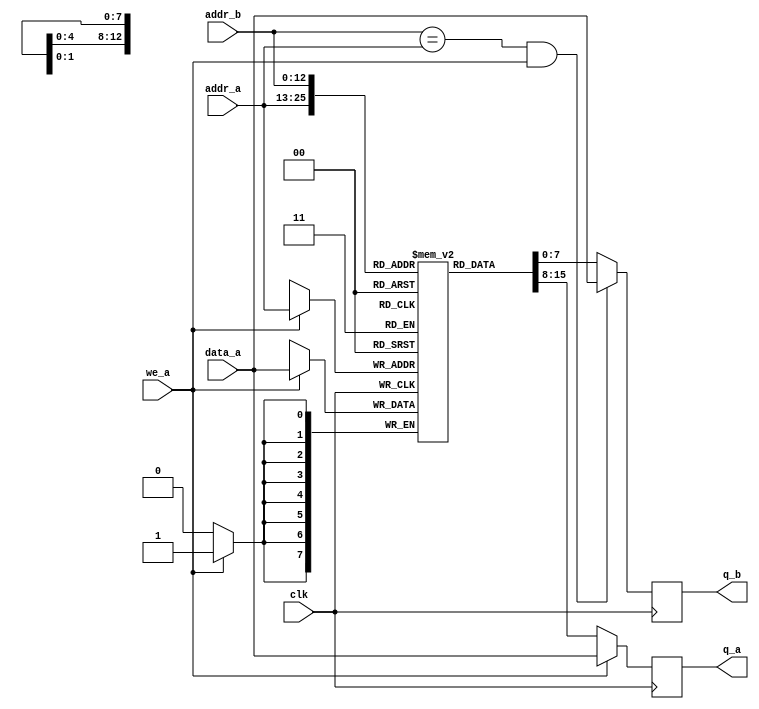
module VGA_Mem
#(parameter DATA_WIDTH=8, parameter ADDR_WIDTH=13)
(
	input [(DATA_WIDTH-1):0] data_a,
	input [(ADDR_WIDTH-1):0] addr_a,
	input [(ADDR_WIDTH-1):0] addr_b,
	input we_a, clk,
	output reg [(DATA_WIDTH-1):0] q_a,
	output reg [(DATA_WIDTH-1):0] q_b
);

	// Declare the RAM variable
	reg [DATA_WIDTH-1:0] ram[2**ADDR_WIDTH-1:0];
	integer i;
	
	// initial begin
	// for(i = 0; i < 65536; i = i+1)	//Just initialize all with zeros
	// 	ram[i] = 8'b0;
	// $readmemb("/home/hatasaka/TetrisASIC/VGA_data.txt", ram);
	// end


	// Port A 
	always @ (posedge clk)
	begin
		if (we_a) 
		begin
			ram[addr_a] <= data_a;
			q_a <= data_a;
		end
		else 
		begin
			q_a <= ram[addr_a];
		end
	end

	// Port B 
	always @ (posedge clk)
	begin
		if(addr_b == addr_a && we_a)
			q_b <= data_a;
		else
			q_b <= ram[addr_b];
	end

endmodule